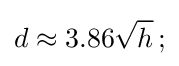
d\approx 3.86{\sqrt {h}}\,;